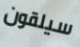
سيلقون